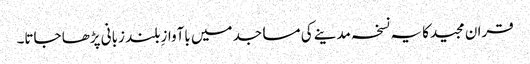
قران مجیدکا یہ نسخہ مدینے کی مساجد میں باآوازِ بلند زبانی پڑھا جاتا۔